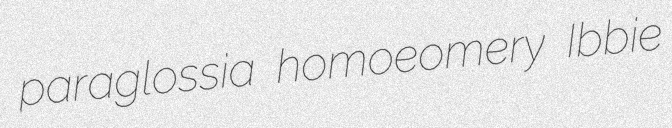
paraglossia homoeomery Ibbie